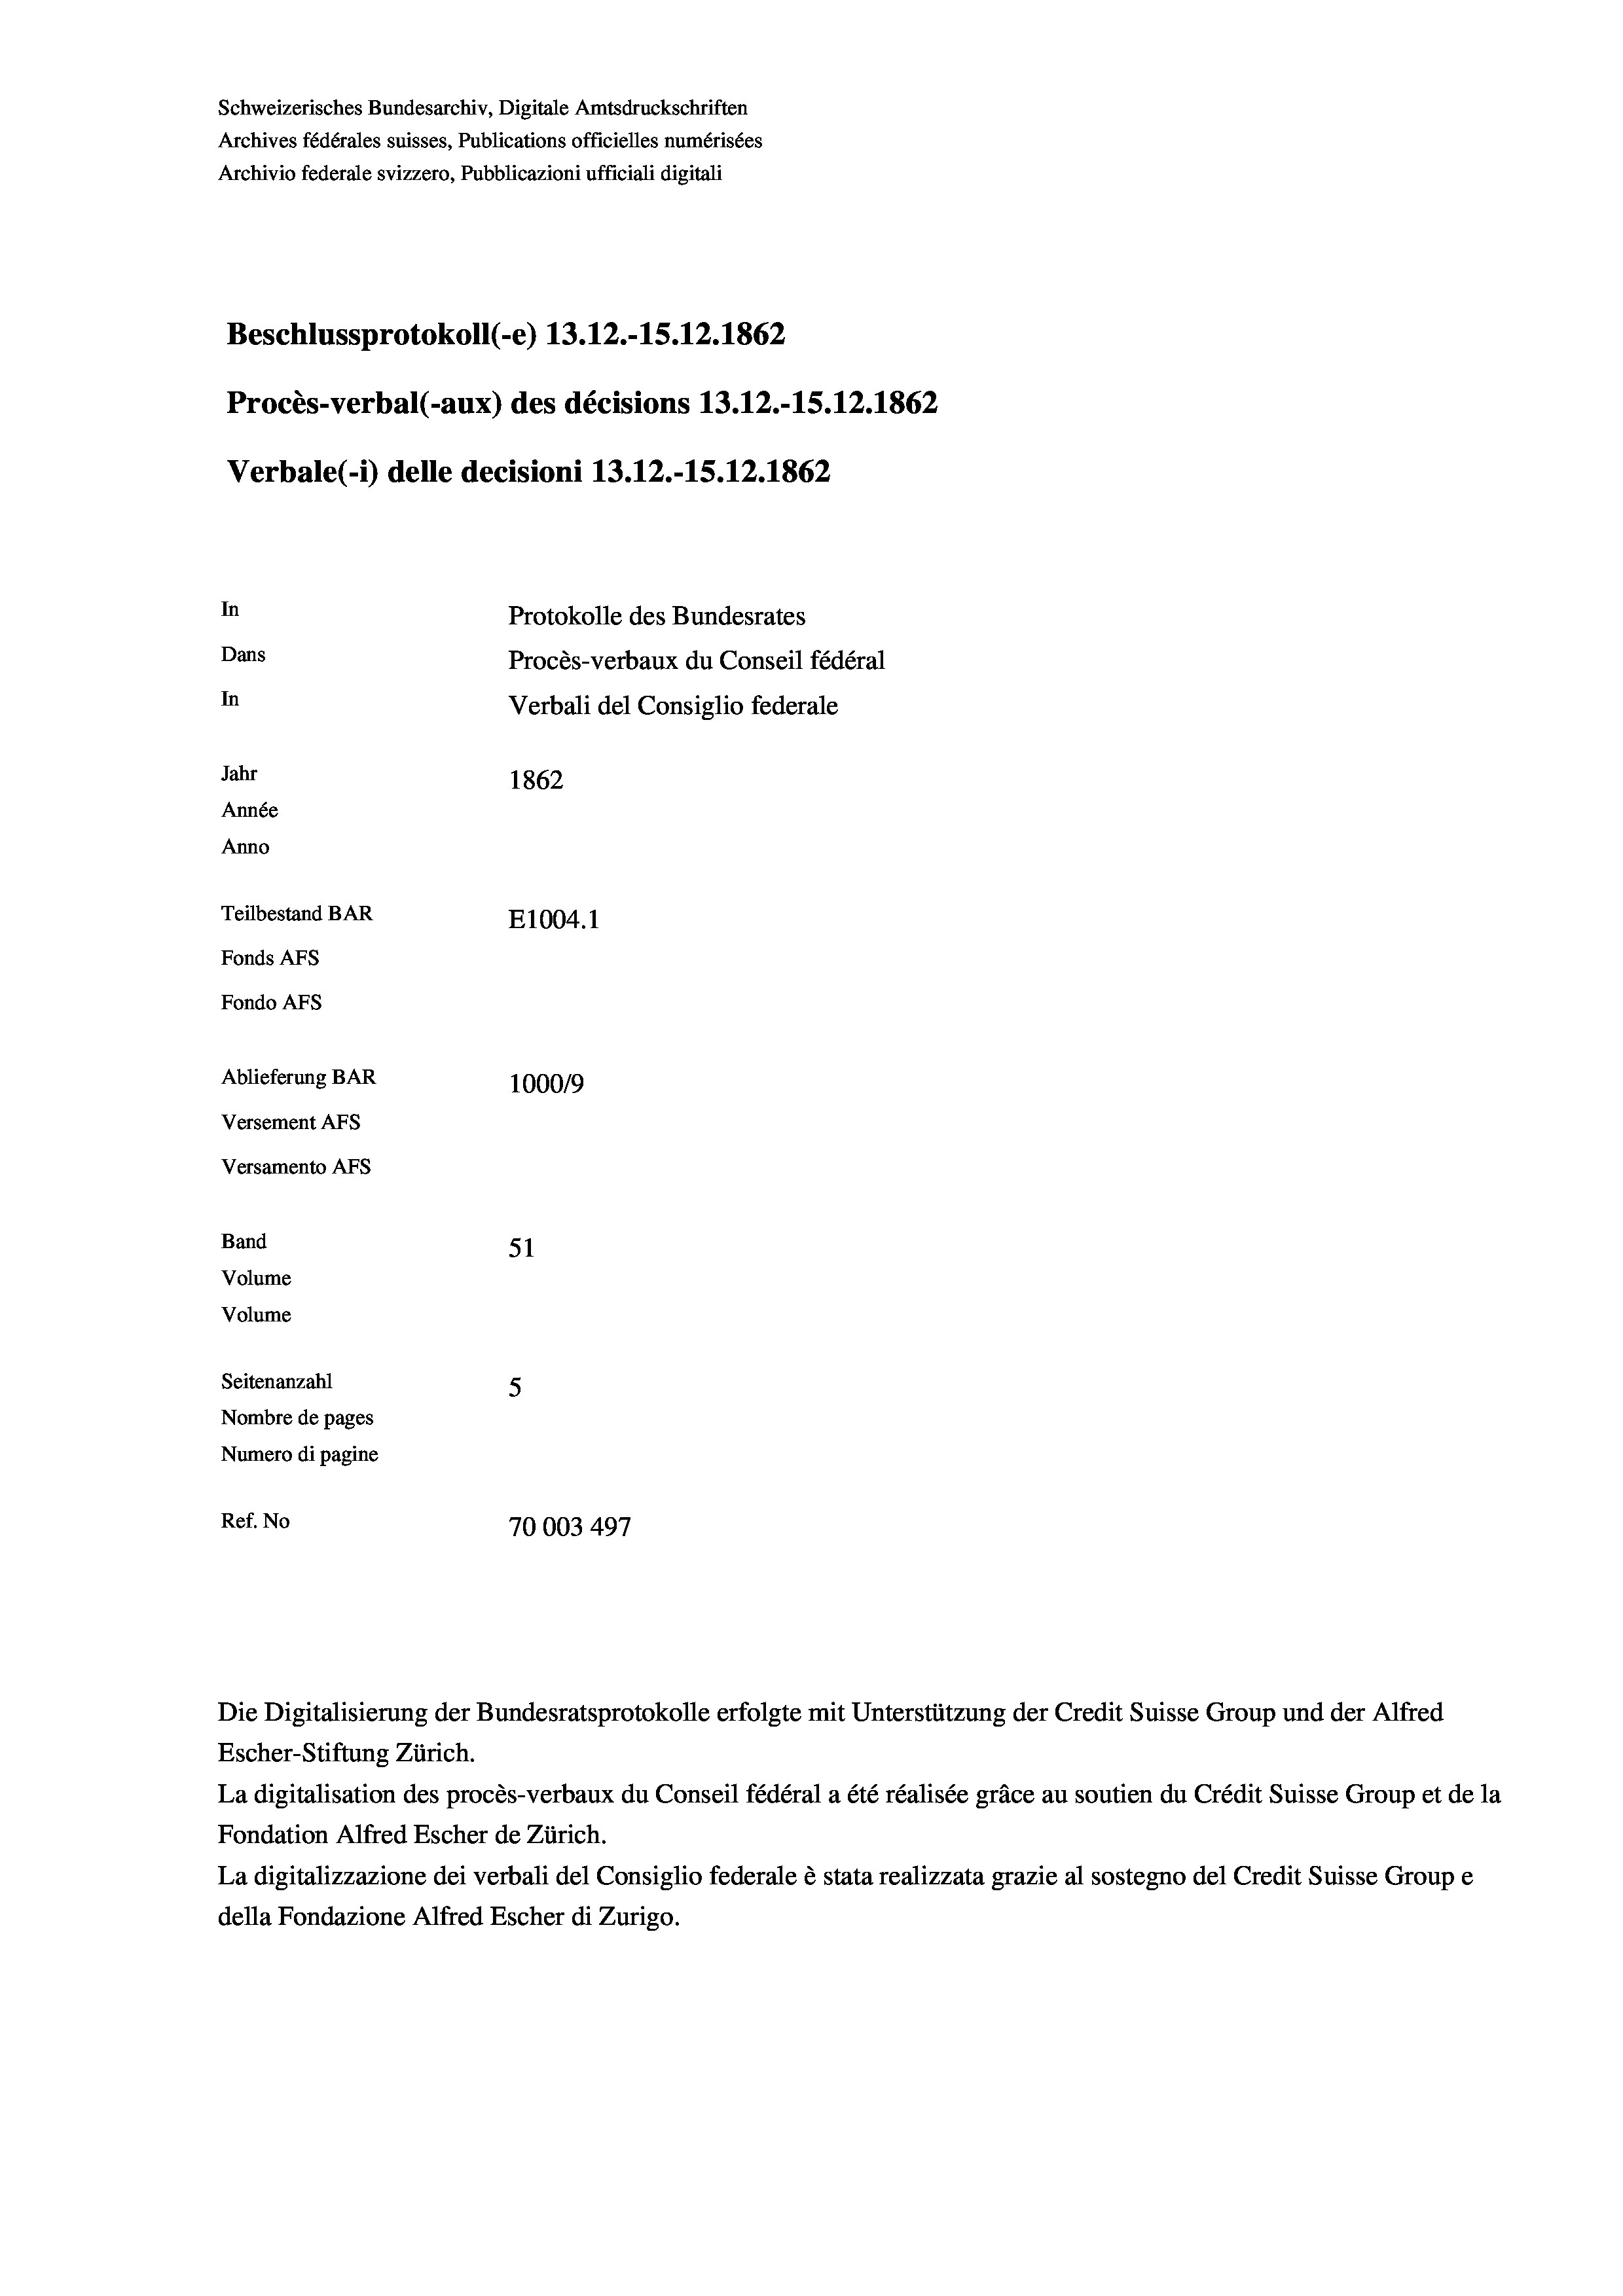
Verbale(-*) delle decisioni 13.12.-15. 12. 1862
In
Protokolle des Bundesrates
Dans
Procès-verbaux du Conseil fédéral
In
Verbali del Consiglio federale
Jahr
1862
Année
Anno
Teilbestand BAR
E1004. 1
Fonds AFs
Fondo AFs

Beschlussprotokoll (-e) 13.12.-15. 12. 1862
Procès-verbal (-aux) des décisions 13.12.-15.12.1862

100019
51
5
Nombre de pages
Numero di pagine
Ref. No
70003 497

Schweizerisches Bundesarchiv, Digitale Amtsdruckschriften
Archives fédérales suisses, Publications officielles numérisées
Archivio federale svizzero, Pubblicazioni ufficiali digitali

Ablieferung BAR
Versement As
Versamento AFs
Band
Volume
Volume
Seitenanzahl

Escher-Stiftung Zürich.
La digitalisation des procès-verbaux du Conseil fédéral a été réalisée gräce au soutien du Crédit Suisse Group et de la
Fondation Alfred Escher de Zürich.
La digitalizzazione dei verbali del Consiglio federale è stata realizzata grazie al sostegno del Credit Suisse Groupe
della Fondazione Alfred Escher di Zurigo.

Die Digitalisierung der Bundesratsprotokolle erfolgte mit Unterstützung der Credit Suisse Group und der Alfred